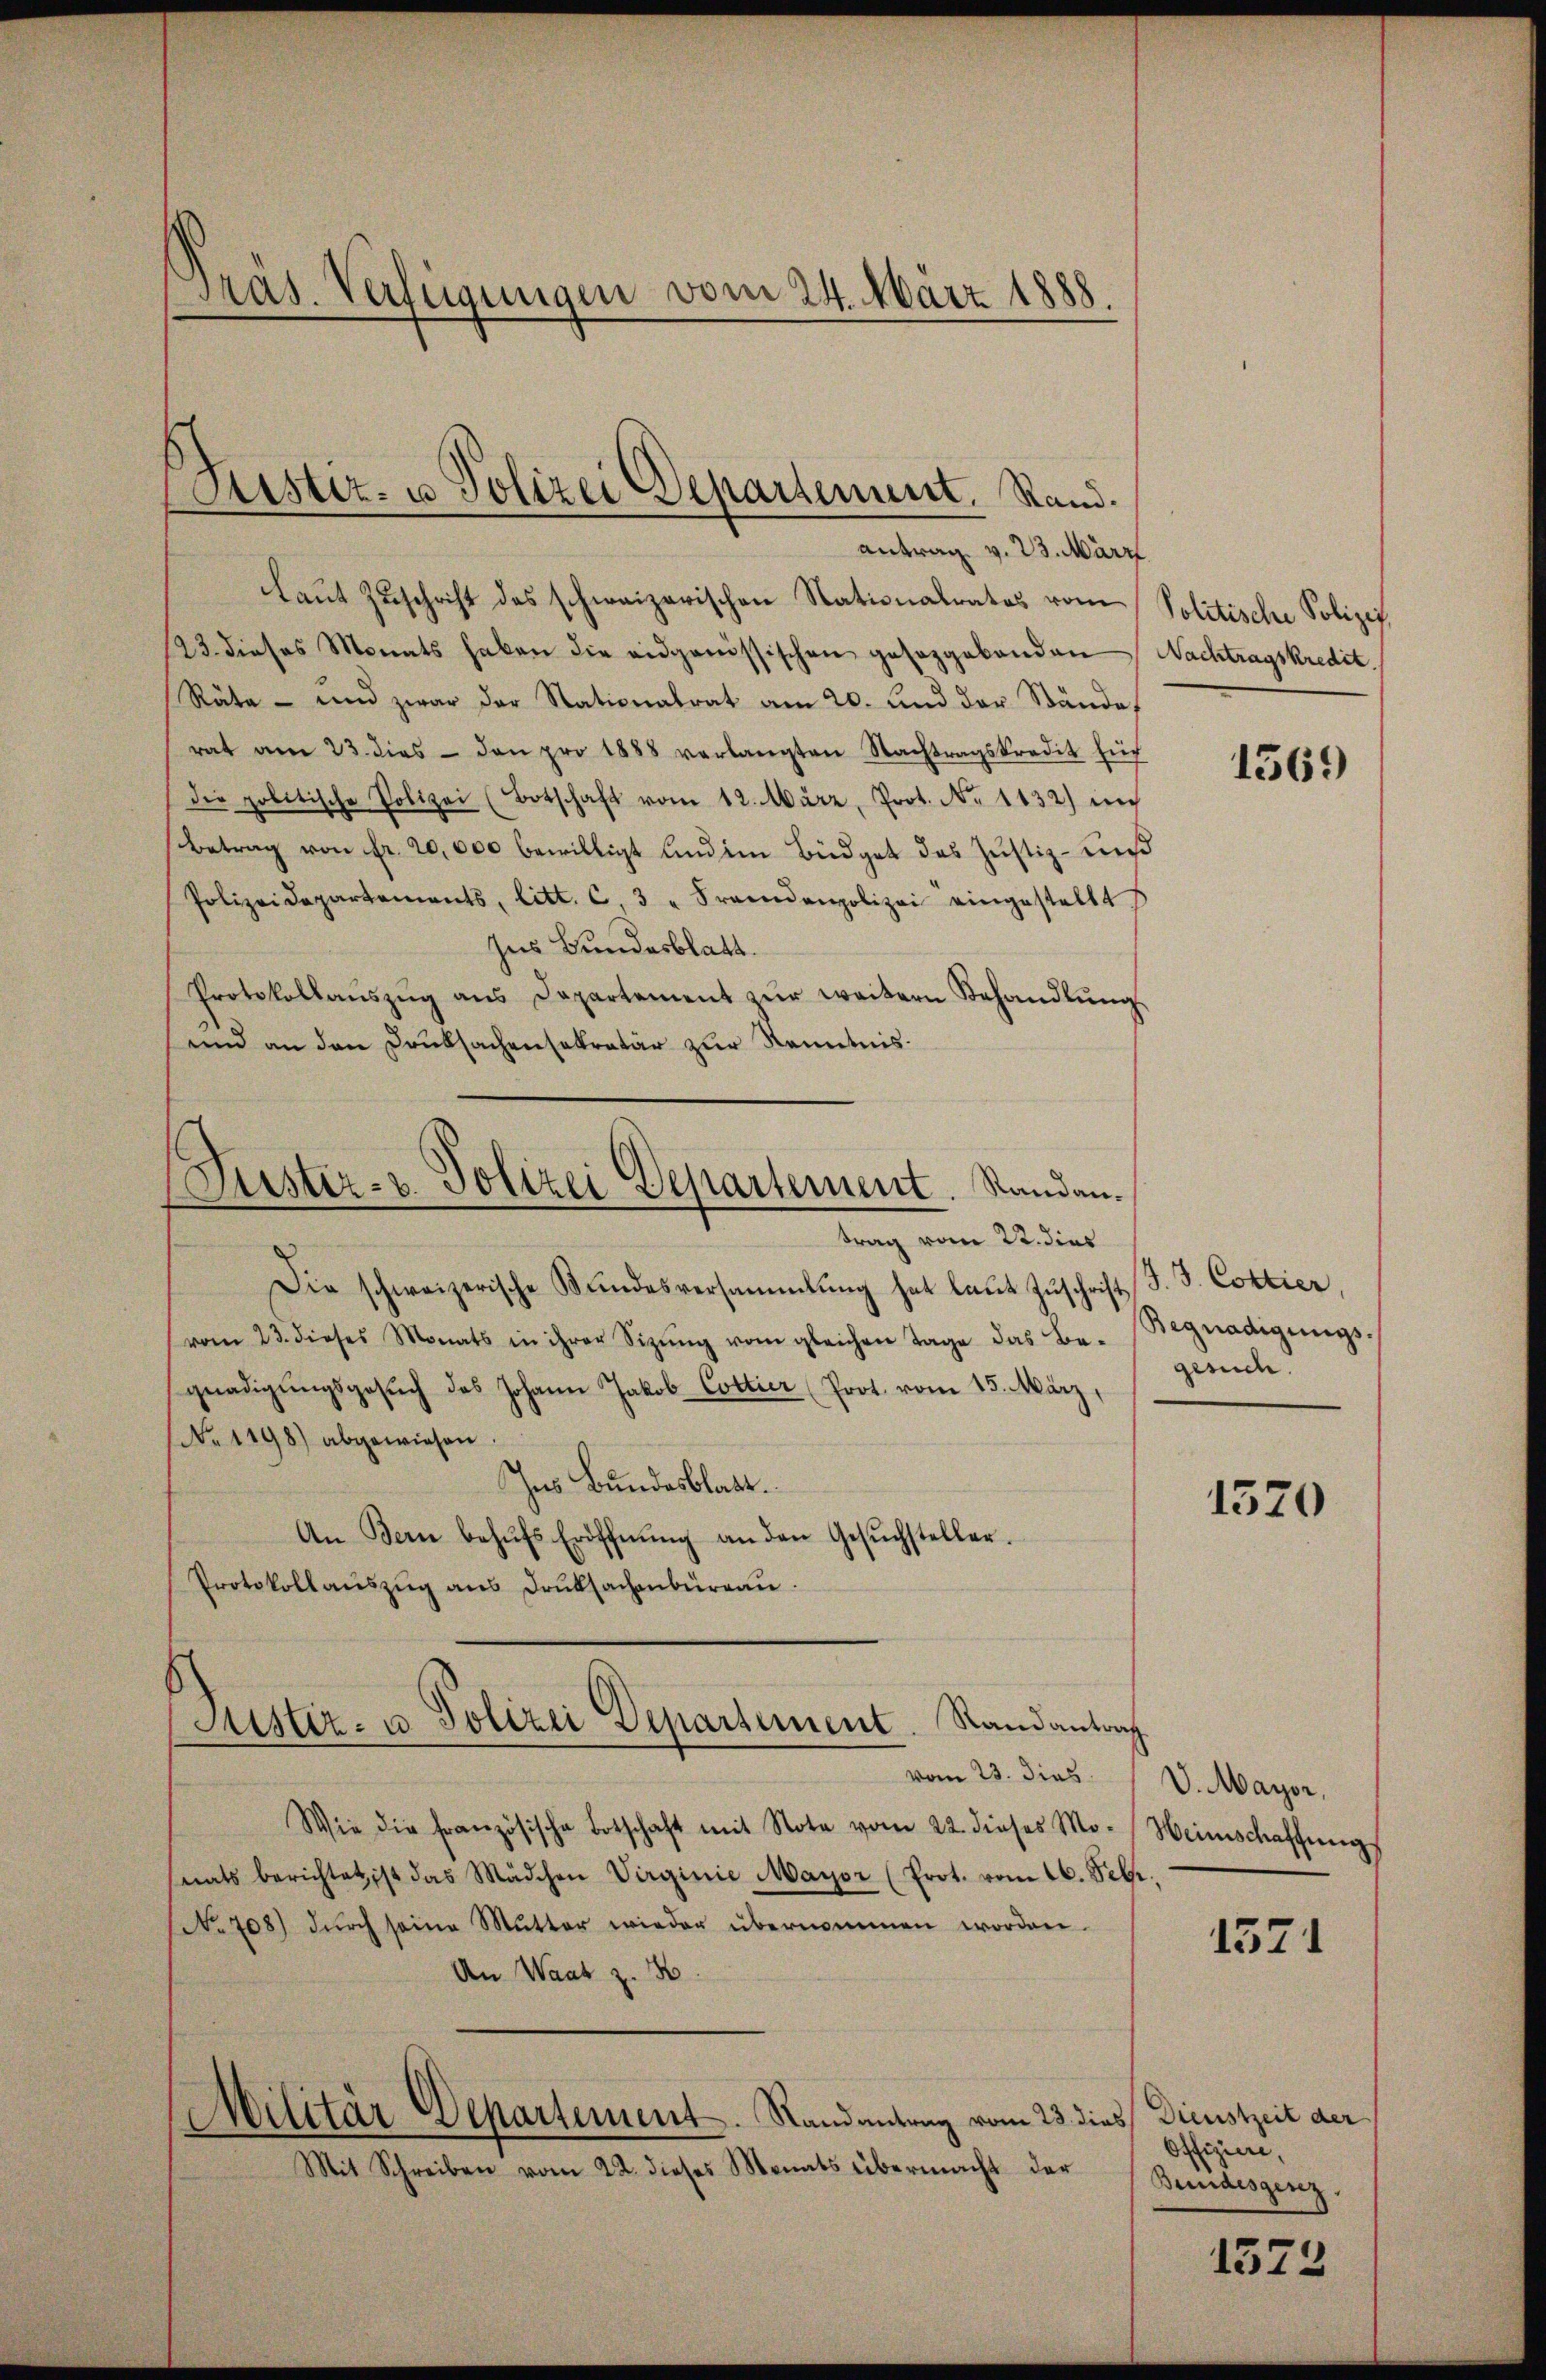
Präs. Verfügungen vom 24. März 1888.

Justiz- u Polizei Departement. Rand.

antrag v. 23. März.
Laut Zuschrift des schweizerischen Stationalrates vom Politische Polizit
23. dieses Monats haben die eidgenössischen gesezgabanden Nachtragskredit.
Räte - und zwar der Nationalrat am 20. und der Stände,
rat am 23. dies - den pro 1888 verlangten Nachtragskredit füh
die politische Polizei (Botschaft vom 12. März, Prot. N. 1132) in
Betrag von fr. 20,000 bewilligt und im Büdget des Justiz- und
Polizeidepartements, litt. c. 3 " Fremdenpolizei eingestellt
Ins Bundesblatt.
Protokollaŭszŭg ans Departement zŭr weitern Behandlŭng
sund an den Danksachensekretär zur Kenntnis.
Suster- u. Polizei Departement. Randau.
trag vom 22. dies
Die schweizerische Bŭndesversammlung hat laŭt Zŭschrift (S. 3. Cottier,
(vom 23. dieses Monats in ihrer Sizŭng vom gleichen Tage das Be- Begnadigŭngs-
gnadigŭngsgesŭch des Johann Jakob Cottier (Prot. vom 15. März,
No. 1198) abgewiesen
Ins Bundesblatt.
An Bern behŭfs Eröffnŭng an den Gesŭchsteller.
Protokollaŭszŭg ans Druksachenbüreaŭ.

Justiz- u Polizei Departement. Randantrag

vom 23. dies
Wie die französische Botschaft mit Note vom 22. dieses Mo-
nats berichtet, ist das Mädchen Virginie Mayor (Prot. vom 16. Febr.
Frk. 708) durch seine Mutter wieder übernommen worden.
An Waat z. B
Militär-Departement. Randantrag vom 23. dies Dienstzeit der
Mit Schreiben vom 22. dieses Monats übermacht der

1569

gesuch.

1520

V. Mayer,
Weinschaffung

1571

Offiziere,
Bundesgenz.

1372